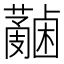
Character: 𧄋